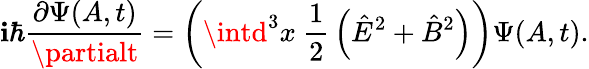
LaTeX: \mathbf{i}\hbar{\frac{{\partial\Psi(A,t)}}{{\partialt}}}=\left(\intd^{3}x\ {\frac{{1}}{{2}}}\left({\hat{{E}}}^{2}+{\hat{{B}}}^{2}\right)\right)\Psi(A,t).